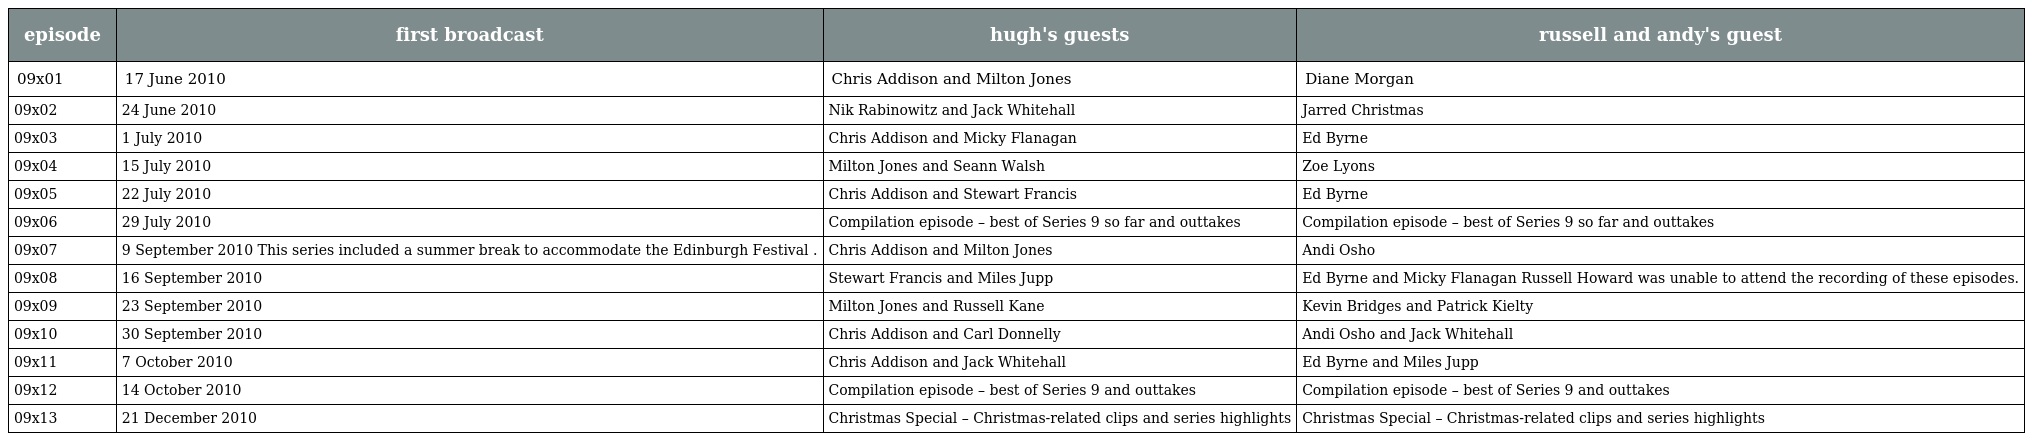
| episode | first broadcast | hugh's guests | russell and andy's guest |
 | --- | --- | --- | --- |
 | 09x01 | 17 June 2010 | Chris Addison and Milton Jones | Diane Morgan |
 | 09x02 | 24 June 2010 | Nik Rabinowitz and Jack Whitehall | Jarred Christmas |
 | 09x03 | 1 July 2010 | Chris Addison and Micky Flanagan | Ed Byrne |
 | 09x04 | 15 July 2010 | Milton Jones and Seann Walsh | Zoe Lyons |
 | 09x05 | 22 July 2010 | Chris Addison and Stewart Francis | Ed Byrne |
 | 09x06 | 29 July 2010 | Compilation episode – best of Series 9 so far and outtakes | Compilation episode – best of Series 9 so far and outtakes |
 | 09x07 | 9 September 2010 This series included a summer break to accommodate the Edinburgh Festival . | Chris Addison and Milton Jones | Andi Osho |
 | 09x08 | 16 September 2010 | Stewart Francis and Miles Jupp | Ed Byrne and Micky Flanagan Russell Howard was unable to attend the recording of these episodes. |
 | 09x09 | 23 September 2010 | Milton Jones and Russell Kane | Kevin Bridges and Patrick Kielty |
 | 09x10 | 30 September 2010 | Chris Addison and Carl Donnelly | Andi Osho and Jack Whitehall |
 | 09x11 | 7 October 2010 | Chris Addison and Jack Whitehall | Ed Byrne and Miles Jupp |
 | 09x12 | 14 October 2010 | Compilation episode – best of Series 9 and outtakes | Compilation episode – best of Series 9 and outtakes |
 | 09x13 | 21 December 2010 | Christmas Special – Christmas-related clips and series highlights | Christmas Special – Christmas-related clips and series highlights |